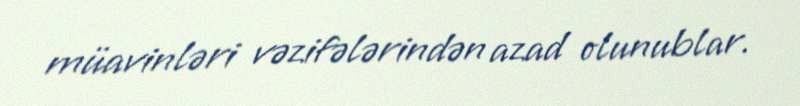
müavinləri vəzifələrindən azad olunublar.